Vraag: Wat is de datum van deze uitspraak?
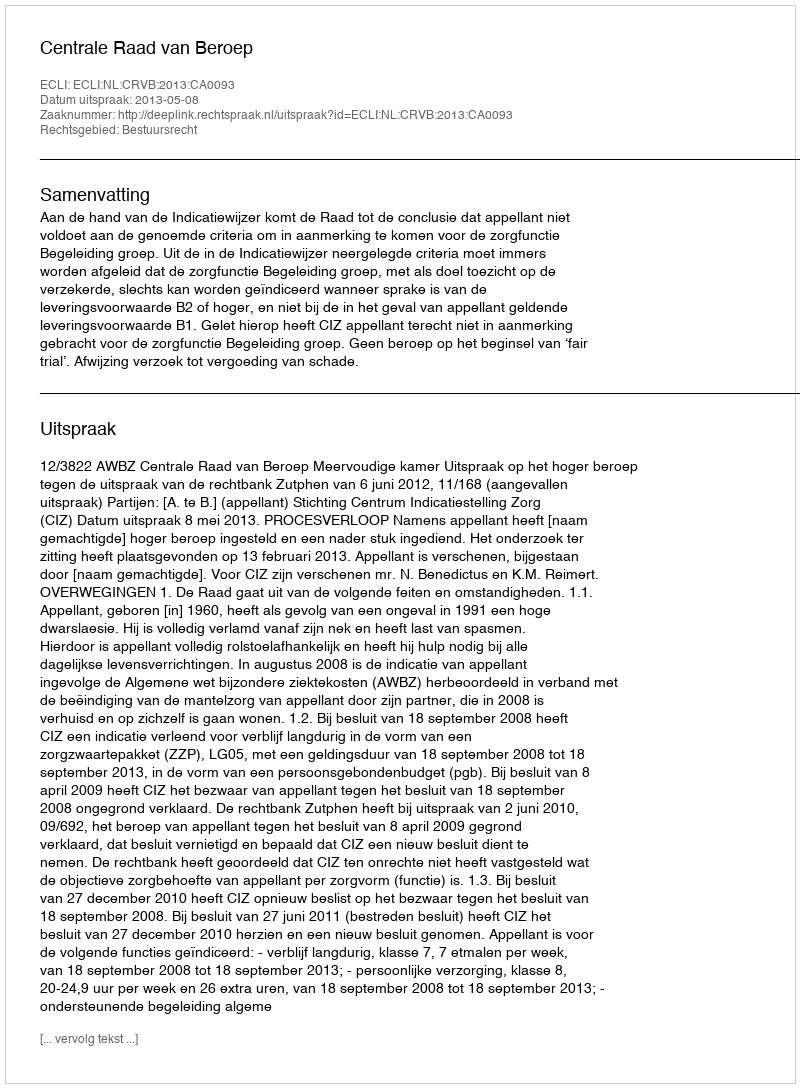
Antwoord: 2013-05-08